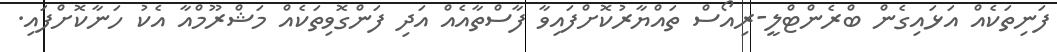
ފަނިތަކެއް އަޅައިގެން ބްރެންޓްލީ-ރިއޯސް ތައްޔާރުކޮށްފައިވާ ފާސްތާއެއް އަދި ފަންގޮވިތަކެއް މަޝްރޫމްއާ އެކު ހަނާކޮށްފައި.